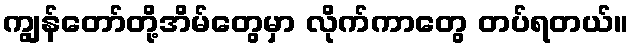
ကျွန်တော်တို့အိမ်တွေမှာ လိုက်ကာတွေ တပ်ရတယ်။